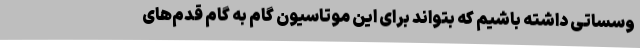
وسساتی داشته باشیم که بتواند برای این موتاسیون گام به گام قدم‌های